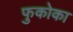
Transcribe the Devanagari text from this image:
फुकोका